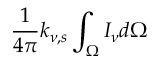
{ \frac { 1 } { 4 \pi } } k _ { \nu , s } \int _ { \Omega } I _ { \nu } d \Omega